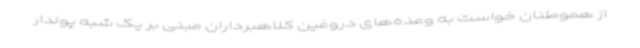
از هموطنان خواست به وعده‌های دروغین کلاهبرداران مبنی بر یک شبه پولدار